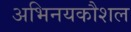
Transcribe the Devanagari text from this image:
अभिनयकौशल